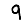
Digit: 9